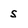
Character: S